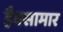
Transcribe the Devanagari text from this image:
हैक्सामार